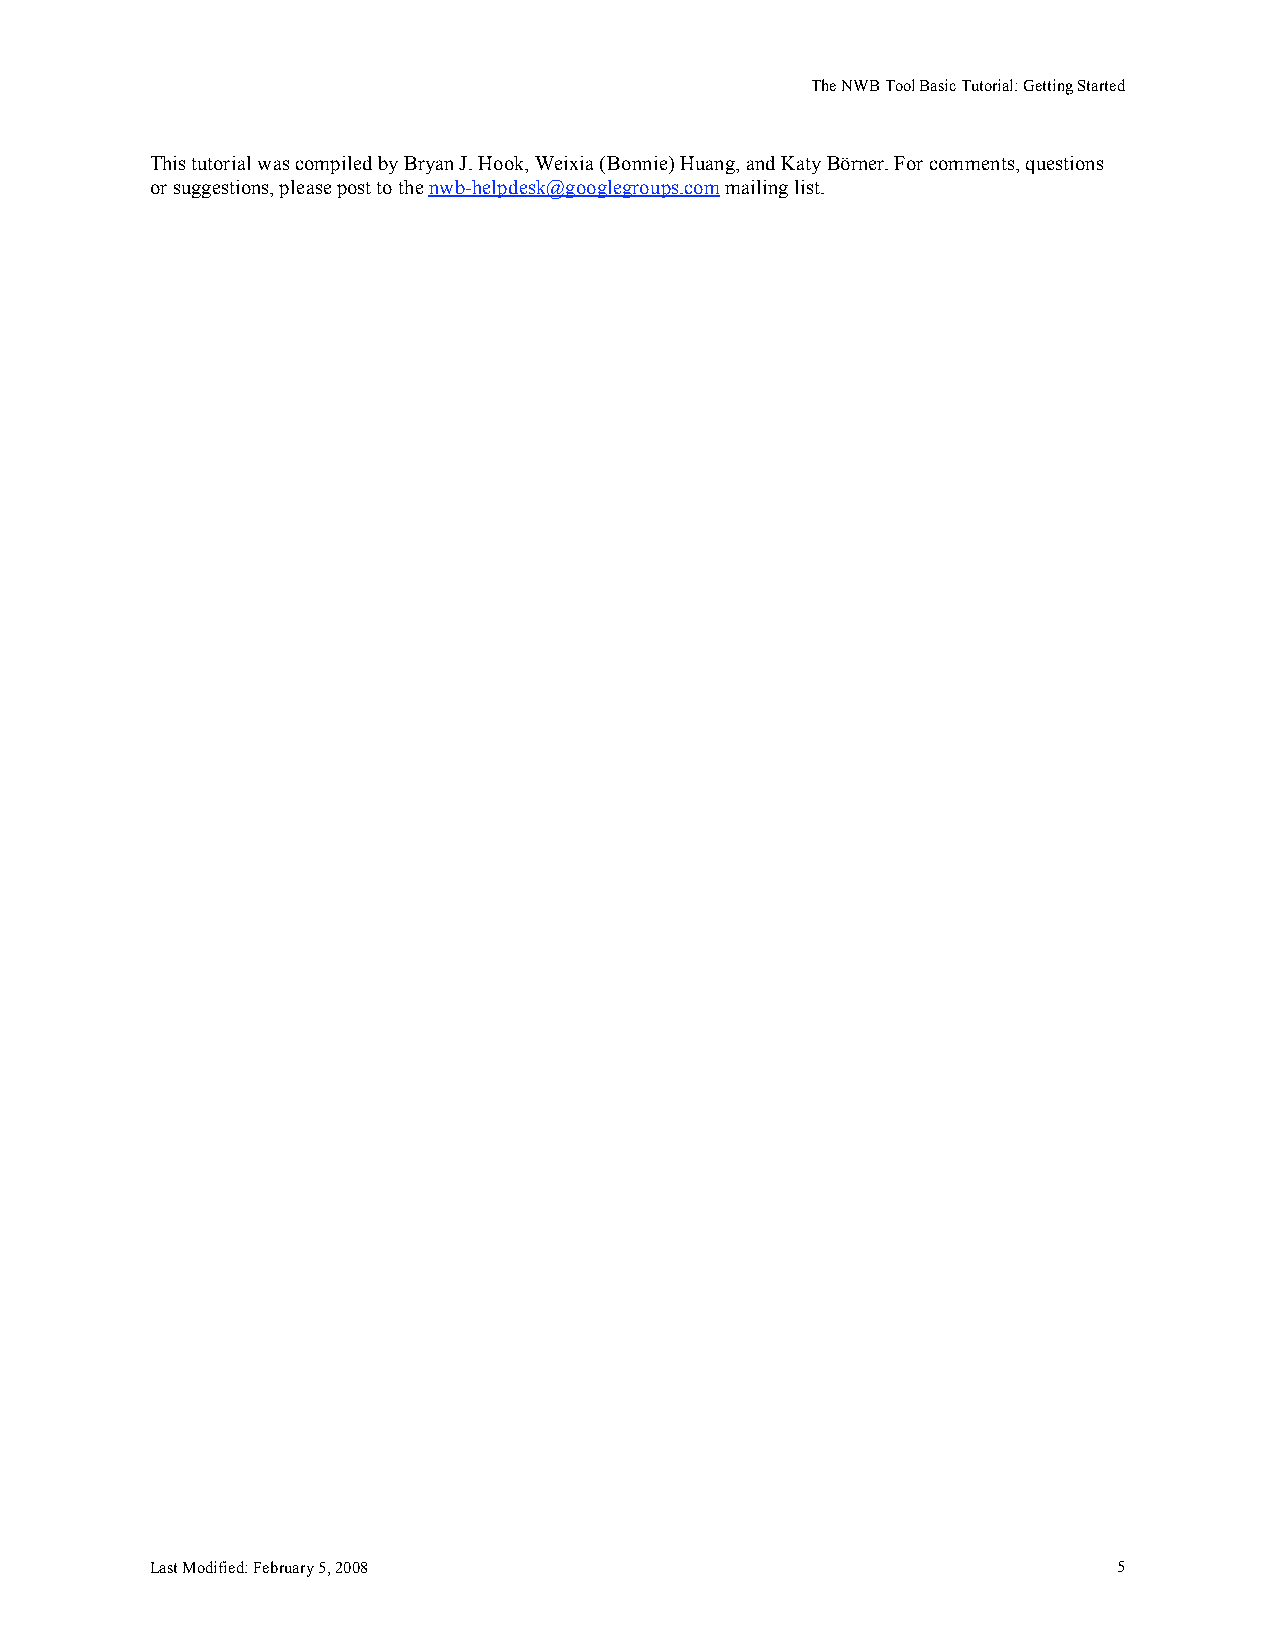
The NWB Tool Basic Tutorial: Getting Started
 This tutorial was compiled by Bryan J. Hook, Weixia (Bonnie) Huang, and Katy Börner. For comments, questions
 or suggestions, please post to the nwb-helpdesk@googlegroups.com mailing list.
 Last Modified: February 5, 2008                                 5